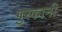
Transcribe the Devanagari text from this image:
गुरकानी